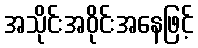
အသိုင်းအဝိုင်းအနေဖြင့်